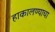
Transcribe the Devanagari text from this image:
हाकालण्याचा